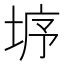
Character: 垿